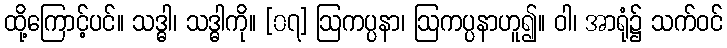
ထို့ကြောင့်ပင်။ သဒ္ဓါ၊ သဒ္ဓါကို။ [၀၇] ဩကပ္ပနာ၊ ဩကပ္ပနာဟူ၍။ ဝါ၊ အာရုံ၌ သက်ဝင်